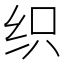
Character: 织